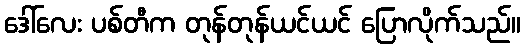
ဒေါ်လေး ပစ်တီက တုန်တုန်ယင်ယင် ပြောလိုက်သည်။